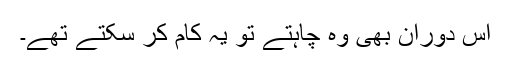
اس دوران بھی وہ چاہتے تو یہ کام کر سکتے تھے۔